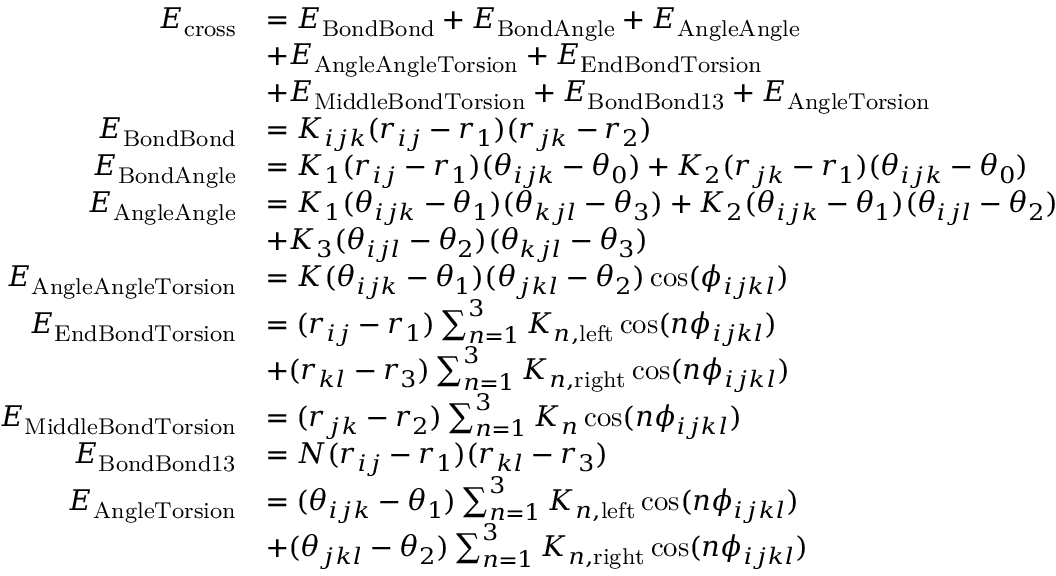
\begin{array} { r l } { E _ { \mathrm { c r o s s } } } & { = E _ { \mathrm { B o n d B o n d } } + E _ { \mathrm { B o n d A n g l e } } + E _ { \mathrm { A n g l e A n g l e } } } \\ & { + E _ { \mathrm { A n g l e A n g l e T o r s i o n } } + E _ { \mathrm { E n d B o n d T o r s i o n } } } \\ & { + E _ { \mathrm { M i d d l e B o n d T o r s i o n } } + E _ { \mathrm { B o n d B o n d 1 3 } } + E _ { \mathrm { A n g l e T o r s i o n } } } \\ { E _ { \mathrm { B o n d B o n d } } } & { = K _ { i j k } ( r _ { i j } - r _ { 1 } ) ( r _ { j k } - r _ { 2 } ) } \\ { E _ { \mathrm { B o n d A n g l e } } } & { = K _ { 1 } ( r _ { i j } - r _ { 1 } ) ( \theta _ { i j k } - \theta _ { 0 } ) + K _ { 2 } ( r _ { j k } - r _ { 1 } ) ( \theta _ { i j k } - \theta _ { 0 } ) } \\ { E _ { \mathrm { A n g l e A n g l e } } } & { = K _ { 1 } ( \theta _ { i j k } - \theta _ { 1 } ) ( \theta _ { k j l } - \theta _ { 3 } ) + K _ { 2 } ( \theta _ { i j k } - \theta _ { 1 } ) ( \theta _ { i j l } - \theta _ { 2 } ) } \\ & { + K _ { 3 } ( \theta _ { i j l } - \theta _ { 2 } ) ( \theta _ { k j l } - \theta _ { 3 } ) } \\ { E _ { \mathrm { A n g l e A n g l e T o r s i o n } } } & { = K ( \theta _ { i j k } - \theta _ { 1 } ) ( \theta _ { j k l } - \theta _ { 2 } ) \cos ( \phi _ { i j k l } ) } \\ { E _ { \mathrm { E n d B o n d T o r s i o n } } } & { = ( r _ { i j } - r _ { 1 } ) \sum _ { n = 1 } ^ { 3 } K _ { n , \mathrm { l e f t } } \cos ( n \phi _ { i j k l } ) } \\ & { + ( r _ { k l } - r _ { 3 } ) \sum _ { n = 1 } ^ { 3 } K _ { n , \mathrm { r i g h t } } \cos ( n \phi _ { i j k l } ) } \\ { E _ { \mathrm { M i d d l e B o n d T o r s i o n } } } & { = ( r _ { j k } - r _ { 2 } ) \sum _ { n = 1 } ^ { 3 } K _ { n } \cos ( n \phi _ { i j k l } ) } \\ { E _ { \mathrm { B o n d B o n d 1 3 } } } & { = N ( r _ { i j } - r _ { 1 } ) ( r _ { k l } - r _ { 3 } ) } \\ { E _ { \mathrm { A n g l e T o r s i o n } } } & { = ( \theta _ { i j k } - \theta _ { 1 } ) \sum _ { n = 1 } ^ { 3 } K _ { n , \mathrm { l e f t } } \cos ( n \phi _ { i j k l } ) } \\ & { + ( \theta _ { j k l } - \theta _ { 2 } ) \sum _ { n = 1 } ^ { 3 } K _ { n , \mathrm { r i g h t } } \cos ( n \phi _ { i j k l } ) } \end{array}